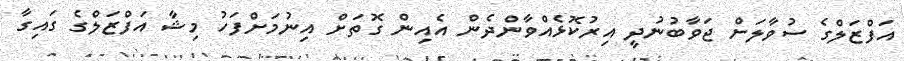
އަފްޒަލްގެ ސުވާލަށް ޖަވާބުނުދީ އިރުކޮޅެއްވާންދެން އެއިން ގޮތަށް އިނުމަށްފަހު މިޝާ އަފްޒަލްގެ ގައިގާ